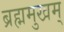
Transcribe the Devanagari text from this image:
ब्रह्ममुखम्